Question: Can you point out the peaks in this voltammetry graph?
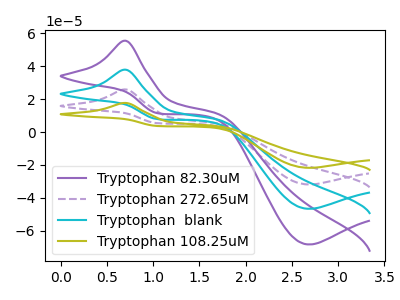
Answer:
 <answer>The purple curve "Tryptophan 82.30uM" has an anodic peak at (0.70V, 55.45uA) and a cathodic peak at (2.70V, -68.35uA). The purple dashed curve "Tryptophan 272.65uM" has an anodic peak at (0.70V, 75.75uA) and a cathodic peak at (2.70V, -93.35uA). The cyan curve "Tryptophan  blank" has an anodic peak at (0.70V, 37.85uA) and a cathodic peak at (2.70V, -46.65uA). The olive curve "Tryptophan 108.25uM" has an anodic peak at (0.70V, 113.60uA) and a cathodic peak at (2.70V, -140.00uA).</answer>
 <eval></eval>